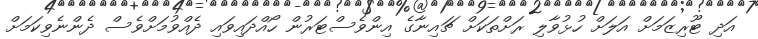
އަދި ޓޫރިޒަމަށް އަލަށް ހުޅުވާލި ރަށްތަކަށް ޗައިނާގެ އިންވެސްޓަރުން ހޯއްދައިވައި ދެއްވުމަށްވެސް ދެންނެވިކަމަށް